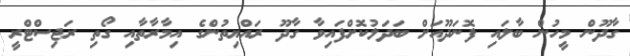
ގާދޫން މީހުން ބާލައި ފޮނަދޫއަށް ބަދަލުކޮށްފައިވާ ގާދޫ ރައްޔިތުންގެ އިމާރާތާއި ގޯތި ރަޖިސްޓްރީ